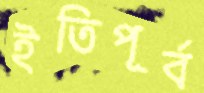
ইতিপূর্ব